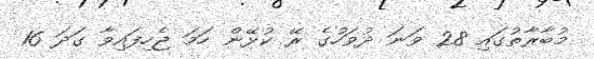
މުބާރާތުގައި 28 ވަނަ ދުވަހުގެ ރޭ ކުޅޭން ހަމަ ޖެހިފައިވާ ގަދަ 16